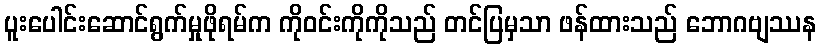
ပူးပေါင်းဆောင်ရွက်မှုဖိုရမ်က ကိုဝင်းကိုကိုသည် တင်ပြမှသာ ဖန်ထားသည် ဘောဂဗျဿန